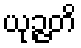
ယုဉ္ဇတိ